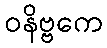
ဝနိဗ္ဗကေ